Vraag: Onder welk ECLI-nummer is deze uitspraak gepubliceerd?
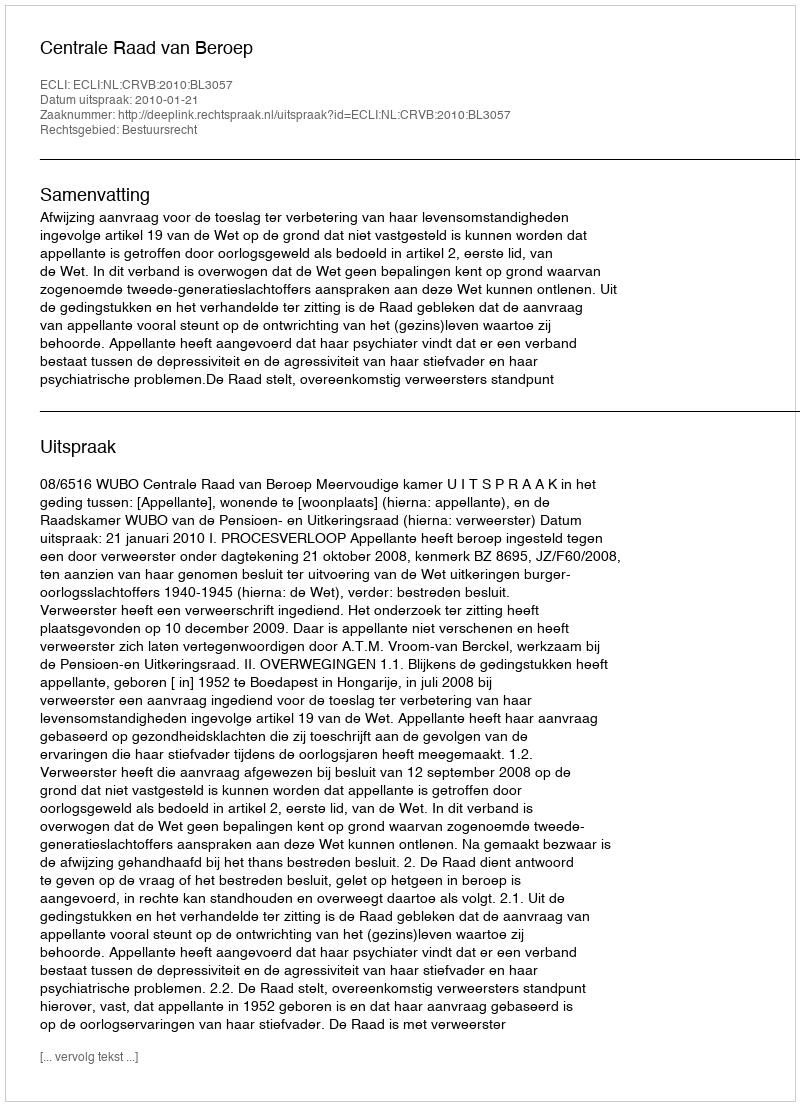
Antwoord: ECLI:NL:CRVB:2010:BL3057